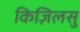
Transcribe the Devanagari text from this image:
किज़िलसु